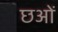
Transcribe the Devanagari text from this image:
छओं